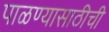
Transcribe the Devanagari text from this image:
पाळण्यासाठीची